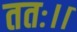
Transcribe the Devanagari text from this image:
ततः।।